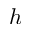
h